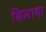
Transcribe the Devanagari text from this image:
सिलाया